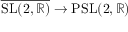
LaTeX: { \overline { { \mathrm { S L } ( 2 , \mathbb { R } ) } } } \to \mathrm { P S L } ( 2 , \mathbb { R } )